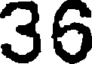
36